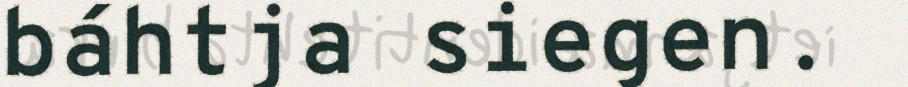
báhtja siegen.